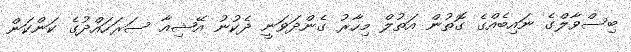
ބިސްވާލްގެ ނައިބެއްގެ ގޮތުން އަތުލް މިހާރު ގެންދަވަނީ ދެކުނު އޭޝިއާ ސަރަހައްދުގެ ކަންކަން